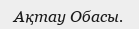
Ақтау Обасы.